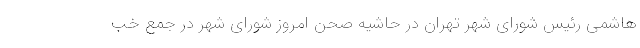
هاشمی رئیس شورای شهر تهران در حاشیه صحن امروز شورای شهر در جمع خب